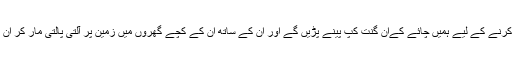
اور ہمیں پتا تھا کہ اُن کا اعتماد حاصل کرنے کے لیے ہمیں چائے کےان گنت کپ پینے پڑیں گے اور اُن کے ساتھ اُن کے کچے گھروں میں زمین پر آلتی پالتی مار کر اُن کے ساتھ کئی دفعہ کھانا کھانا پڑے گا۔